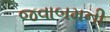
જવાબમની